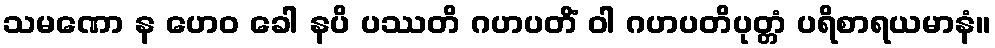
သမဏော န ဟေဝ ခေါ နပိ ပဿတိ ဂဟပတိံ ဝါ ဂဟပတိပုတ္တံ ပရိစာရယမာနံ။